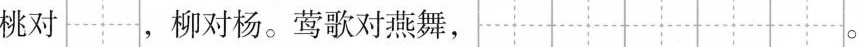
桃对 ，柳对杨。莺歌对燕舞， 。